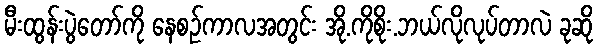
မီးထွန်းပွဲတော်ကို နေစဉ်ကာလအတွင်း အို.ကိုစိုး.ဘယ်လိုလုပ်တာလဲ ခုဆို